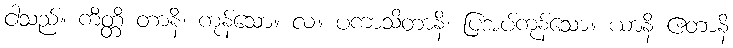
ငါသည်။ ကိတ္တိ တာနိ၊ ကုန်သော။ လ။ ပကာသိတာနိ၊ ပြအပ်ကုန်သော။ ယာနိ ဧတာနိ